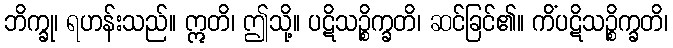
ဘိက္ခု၊ ရဟန်းသည်။ ဣတိ၊ ဤသို့။ ပဋိသဉ္စိက္ခတိ၊ ဆင်ခြင်၏။ ကိံပဋိသဉ္စိက္ခတိ၊